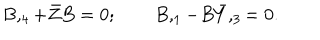
LaTeX: B , _ { 4 } + \bar { Z } B = 0 ; \qquad B , _ { 1 } - B \bar { Y } , _ { 3 } = 0 .